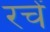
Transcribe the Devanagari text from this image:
रचें